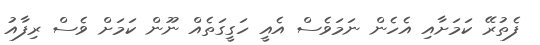
ފެތުރޭ ކަމަށާއި އެހެން ނަމަވެސް އެއީ ހަގީގަތެއް ނޫން ކަމަށް ވެސް ރިފާއު